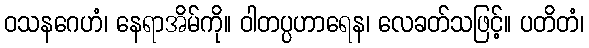
ဝသနဂေဟံ၊ နေရာအိမ်ကို။ ဝါတပ္ပဟာရေန၊ လေခတ်သဖြင့်။ ပတိတံ၊